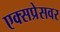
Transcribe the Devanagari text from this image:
एक्सप्रेसवर